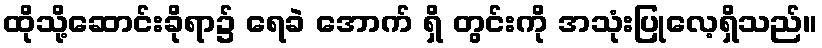
ထိုသို့ဆောင်းခိုရာ၌ ရေခဲ အောက် ရှိ တွင်းကို အသုံးပြုလေ့ရှိသည်။